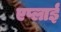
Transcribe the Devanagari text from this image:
एप्लाई